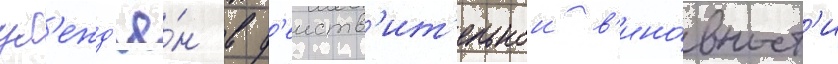
уб'ежд'ё́н в д'еиств'ит'ельнои в'ино́вност'и